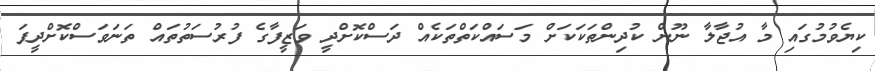
ކިޔެވުމުގައި މާ އުޖާލާ ނޫން ކުދިންތަކަކަށް މަސައްކަތްތަކެއް ދަސްކޮށްދީ ވަޒީފާގެ ފުރުސަތުތައް ތަނަވަސްކޮށްދީފަ